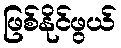
ဖြစ်နိုင်ဖွယ်